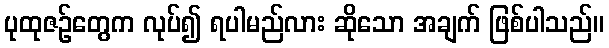
ပုထုဇဉ်တွေက လုပ်၍ ရပါမည်လား ဆိုသော အချက် ဖြစ်ပါသည်။